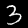
Label: 3